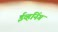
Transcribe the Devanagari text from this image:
ईव्हनिंग